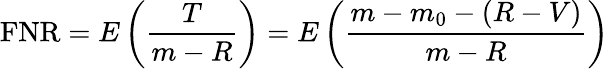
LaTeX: \mathrm{FNR}=E\left({\frac{T}{m-R}}\right)=E\left({\frac{m-m_{0}-(R-V)}{m-R}}\right)